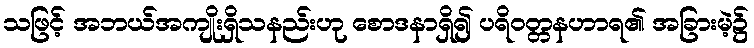
သဖြင့် အဘယ်အကျိုးရှိသနည်းဟု စောဒနာရှိ၍ ပရိဝတ္တနဟာရ၏ အခြားမဲ့၌